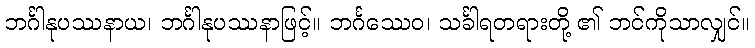
ဘင်္ဂါနုပဿနာယ၊ ဘင်္ဂါနုပဿနာဖြင့်။ ဘင်္ဂဿေဝ၊ သင်္ခါရတရားတို့ ၏ ဘင်ကိုသာလျှင်။